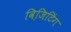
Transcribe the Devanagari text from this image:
विजि़टिंग